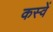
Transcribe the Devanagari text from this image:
कस्वें